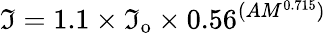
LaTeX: \mathfrak{I}=1.1\times\mathfrak{I}_{\mathrm{{o}}}\times0.56^{(AM^{0.715})}